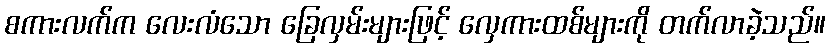
စကားလက်က လေးလံသော ခြေလှမ်းများဖြင့် လှေကားထစ်များကို တက်လာခဲ့သည်။